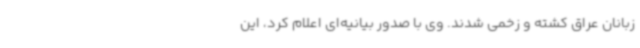
زبانان عراق کشته و زخمی شدند. وی با صدور بیانیه‌ای اعلام کرد، این